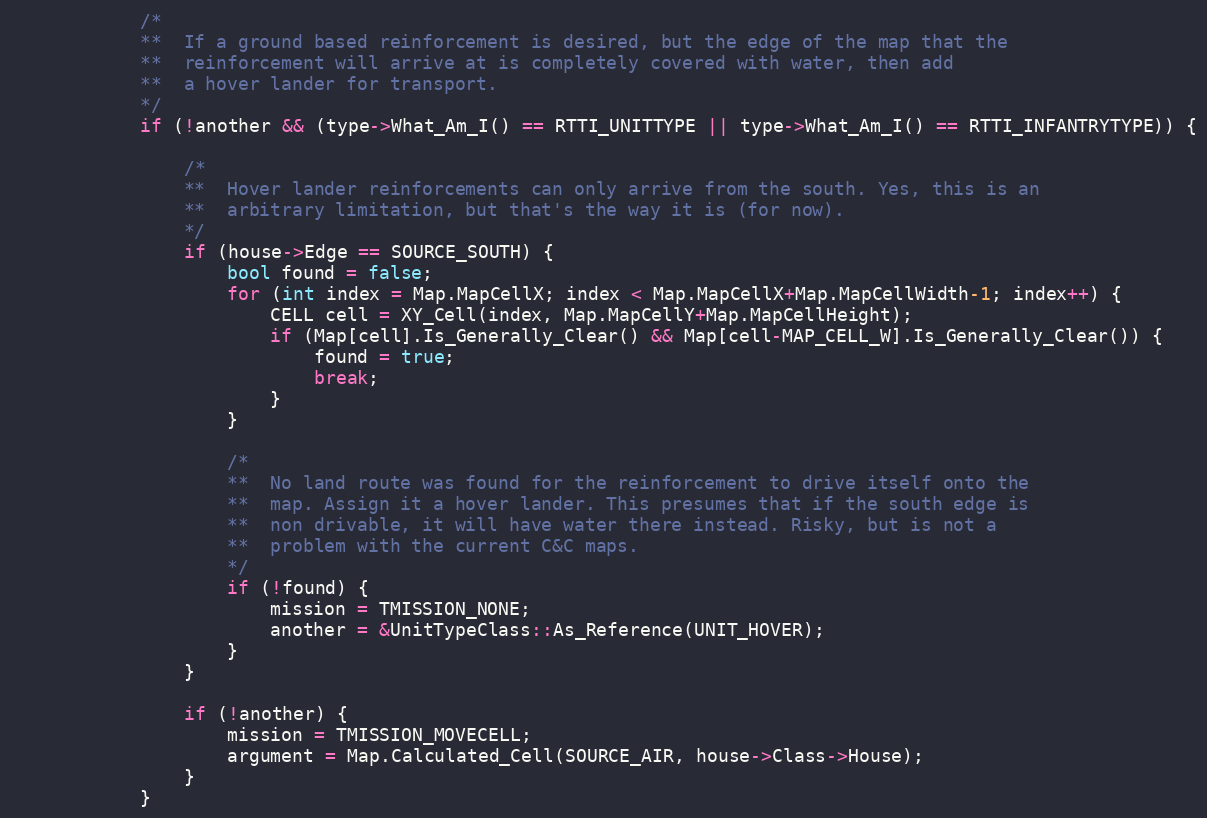
Language: C++
			/*
			**	If a ground based reinforcement is desired, but the edge of the map that the
			**	reinforcement will arrive at is completely covered with water, then add
			**	a hover lander for transport.
			*/
			if (!another && (type->What_Am_I() == RTTI_UNITTYPE || type->What_Am_I() == RTTI_INFANTRYTYPE)) {

				/*
				**	Hover lander reinforcements can only arrive from the south. Yes, this is an
				**	arbitrary limitation, but that's the way it is (for now).
				*/
				if (house->Edge == SOURCE_SOUTH) {
					bool found = false;
					for (int index = Map.MapCellX; index < Map.MapCellX+Map.MapCellWidth-1; index++) {
						CELL cell = XY_Cell(index, Map.MapCellY+Map.MapCellHeight);
						if (Map[cell].Is_Generally_Clear() && Map[cell-MAP_CELL_W].Is_Generally_Clear()) {
							found = true;
							break;
						}
					}

					/*
					**	No land route was found for the reinforcement to drive itself onto the
					**	map. Assign it a hover lander. This presumes that if the south edge is
					**	non drivable, it will have water there instead. Risky, but is not a
					**	problem with the current C&C maps.
					*/
					if (!found) {
						mission = TMISSION_NONE;
						another = &UnitTypeClass::As_Reference(UNIT_HOVER);
					}
				}

				if (!another) {
					mission = TMISSION_MOVECELL;
					argument = Map.Calculated_Cell(SOURCE_AIR, house->Class->House);
				}
			}